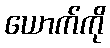
ယောက်ကို